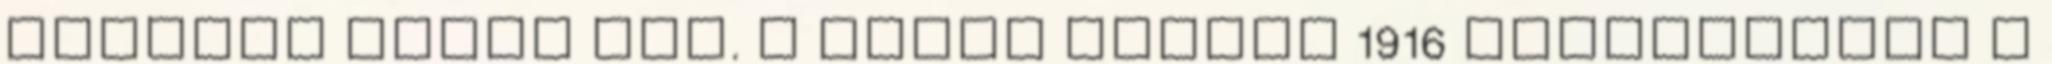
kívánta volna meg. A német flotta 1916 októberében a